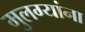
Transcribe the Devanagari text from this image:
मुलग्यांना